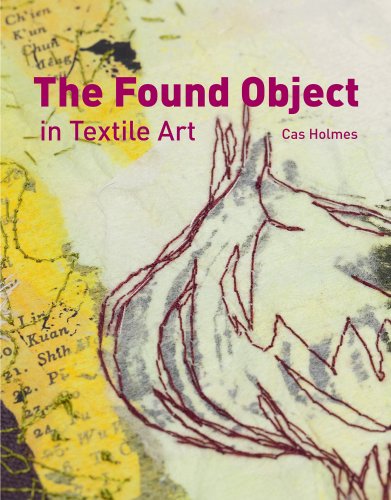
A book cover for The Found Object in Textile Art; Cas Holmes; Crafts, Hobbies & Home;